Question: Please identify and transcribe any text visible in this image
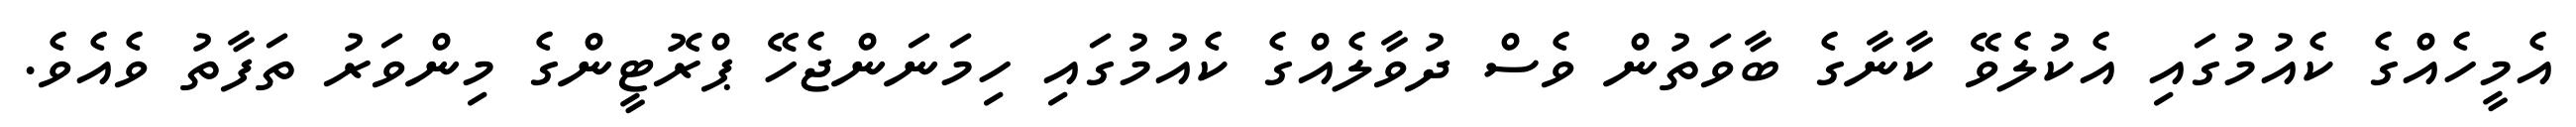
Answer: އެމީހެއްގެ ކެއުމުގައި އެކުލެވޭ ކާނާގެ ބާވަތުން ވެސް ދުވާލެއްގެ ކެއުމުގައި ހިމަނަންޖެހޭ ޕްރޮޓީންގެ މިންވަރު ތަފާތު ވެއެވެ.